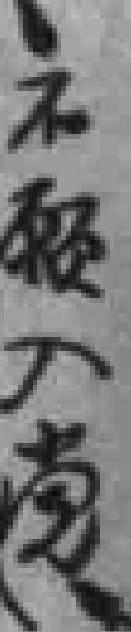
不願入党